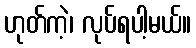
ဟုတ်ကဲ့၊ လုပ်ရပါ့မယ်။